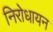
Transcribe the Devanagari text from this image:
निरोधायन